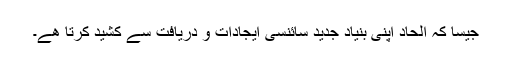
جیسا کہ الحاد اپنی بنیاد جدید سائنسی ایجادات و دریافت سے کشید کرتا ھے۔